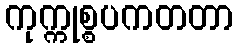
ကုက္ကုစ္စပကတတာ